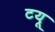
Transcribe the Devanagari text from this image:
टयू